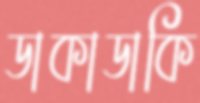
ডাকাডাকি